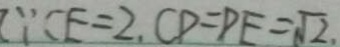
\because C E = 2 , C D = D E = \sqrt { 2 } ,